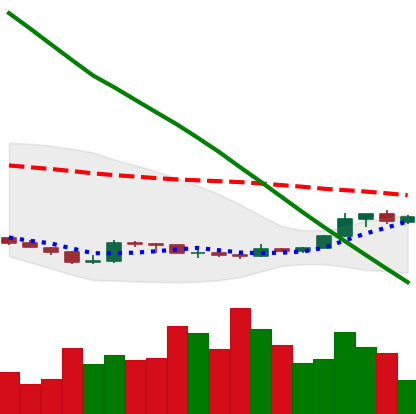
Ticker: XLM-USD
Chart end date: 2019-02-22
Forward return: -4.933%
Label: down_3_5